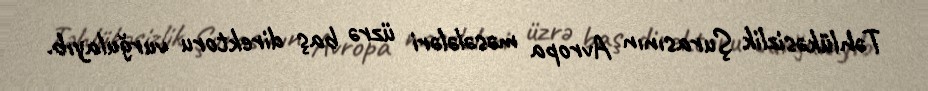
Təhlükəsizlik Şurasının Avropa məsələləri üzrə baş direktoru vurğulayıb.